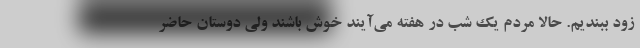
زود ببندیم. حالا مردم یک شب در هفته می‌آیند خوش باشند ولی دوستان حاضر